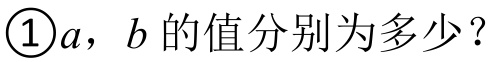
\textcircled{1}\(a\)，\(b\)的值分别为多少？